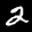
Label: 2